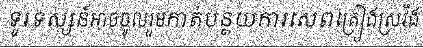
ទូរទស្សន៍អាចចូលរួមកាត់បន្ថយការសេពគ្រឿងស្រវឹង